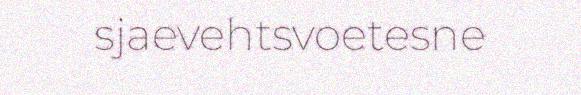
sjaevehtsvoetesne